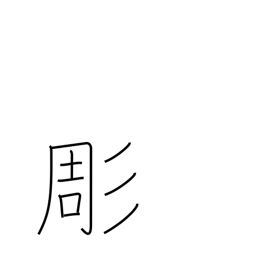
Meaning: chisel